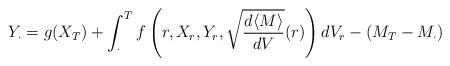
LaTeX: \begin{align*} Y_{\cdot} = g(X_T)+\int_{\cdot}^Tf\left(r,X_r,Y_r,\sqrt{\frac{d\langle M\rangle}{dV}}(r)\right)dV_r - (M_T-M_{\cdot})\end{align*}